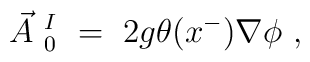
\vec {A}~^I_0~ =~ 2g \theta (x^{-}) \nabla \phi ~,